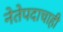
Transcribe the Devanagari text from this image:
नेतेपदाचाही